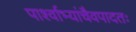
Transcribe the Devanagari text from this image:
पार्श्वाभ्यांचैवपादतः